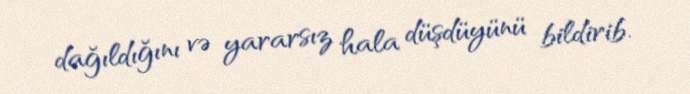
dağıldığını və yararsız hala düşdüyünü bildirib.